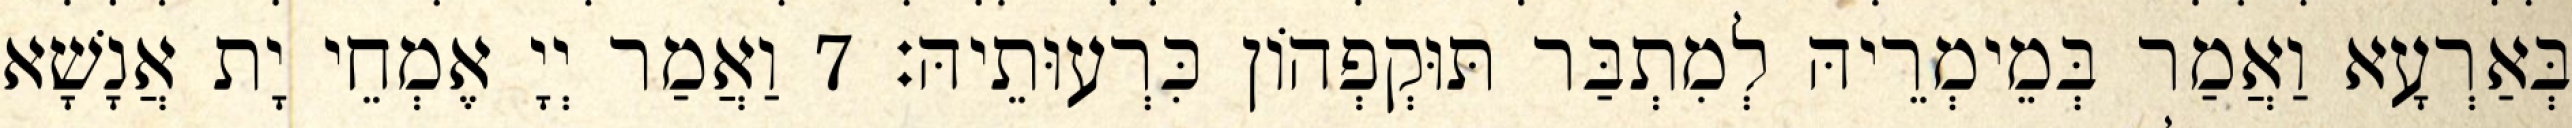
בְּאַרְעָא וַאֲמַר בְּמֵימְרֵיהּ לְמִתְבַּר תּוּקְפְהוֹן כִּרְעוּתֵיהּ׃ 7 וַאֲמַר יְיָ אֶמְחֵי יָת אֲנָשָׁא